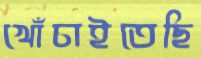
খোঁচাইতেছি